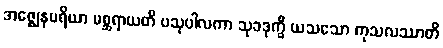
အဇ္ဈေနမရိယာ မစ္ဆရာယတိ ပသုပါလကာ သုခဒုက္ခီ ယသသော ကုသလဿာတိ